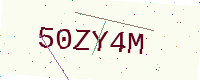
Text: 50ZY4M